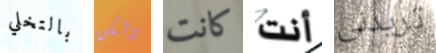
بالتخلي ولكن كانت أنت تريدنى